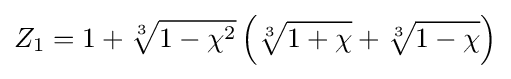
Z_{1}=1+{\sqrt[{3}]{1-\chi ^{2}}}\left({\sqrt[{3}]{1+\chi }}+{\sqrt[{3}]{1-\chi }}\right)